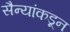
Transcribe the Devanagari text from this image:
सैन्यांकडून